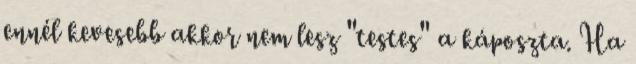
ennél kevesebb akkor nem lesz "testes" a káposzta. Ha